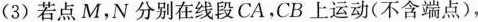
(3) 若点M，N分别在线段CA.CB上运动(不含端点)，